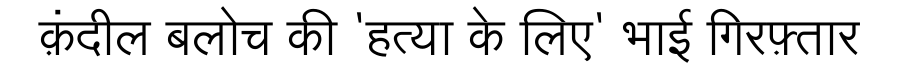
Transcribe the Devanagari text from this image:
क़ंदील बलोच की 'हत्या के लिए' भाई गिरफ़्तार